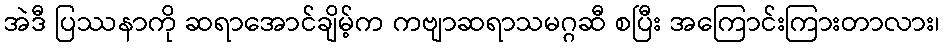
အဲဒီ ပြဿနာကို ဆရာအောင်ချိမ့်က ကဗျာဆရာသမဂ္ဂဆီ စပြီး အကြောင်းကြားတာလား၊